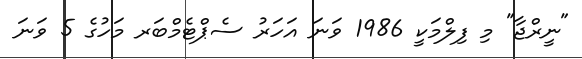
"ނީރްޖާ" މި ފިލްމަކީ 1986 ވަނަ އަހަރު ސެޕްޓެމްބަރ މަހުގެ 5 ވަނަ